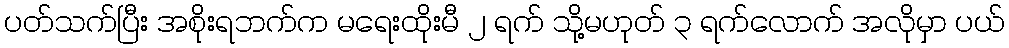
ပတ်သက်ပြီး အစိုးရဘက်က မရေးထိုးမီ ၂ ရက် သို့မဟုတ် ၃ ရက်လောက် အလိုမှာ ပယ်